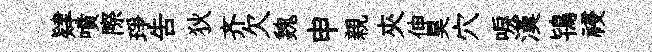
肄噴際琤吿狄齐欠魏申親夾伸昊穴唳漢鴇祲